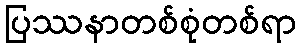
ပြဿနာတစ်စုံတစ်ရာ